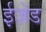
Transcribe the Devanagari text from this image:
ईज़ेड